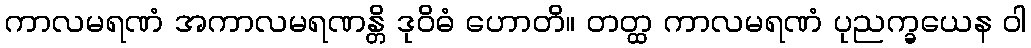
ကာလမရဏံ အကာလမရဏန္တိ ဒုဝိဓံ ဟောတိ။ တတ္ထ ကာလမရဏံ ပုညက္ခယေန ဝါ